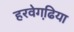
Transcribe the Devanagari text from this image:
हरवेगढि़या